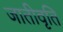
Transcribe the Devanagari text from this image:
जातीवृति